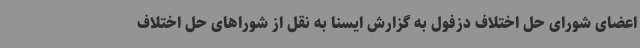
اعضای شورای حل اختلاف دزفول به گزارش ایسنا به نقل از شوراهای حل اختلاف